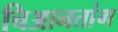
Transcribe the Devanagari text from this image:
चिआनतांग